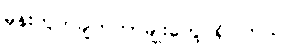
မှန်းတွက်ချက်တာမျိုးတွေ ရှိပါတယ်။